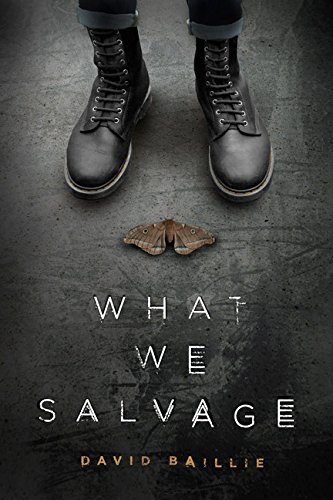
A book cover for What We Salvage; David Baillie; Science Fiction & Fantasy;